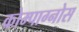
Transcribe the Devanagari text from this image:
कोम्पाग्नोस